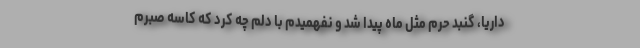
داریا، گنبد حرم مثل ماه پیدا شد و نفهمیدم با دلم چه کرد که کاسه صبرم